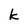
Character: k